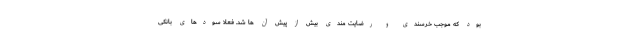
بود که موجب خرسندی و رضایت مندی بیش از پیش آن ها شد. فعلا سودهای بانکی